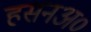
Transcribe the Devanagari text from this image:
हसनअ०